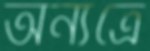
অন্যত্রে